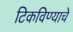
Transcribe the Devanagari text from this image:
टिकविण्याचे